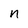
Character: n